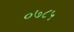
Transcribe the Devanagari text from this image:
०७८५